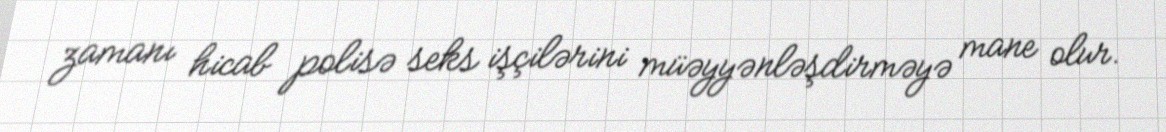
zamanı hicab polisə seks işçilərini müəyyənləşdirməyə mane olur.